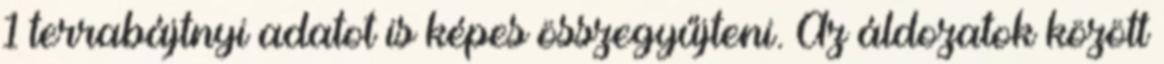
1 terrabájtnyi adatot is képes összegyűjteni. Az áldozatok között